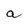
Character: a